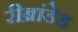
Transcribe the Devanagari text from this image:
रीब्रांडेड